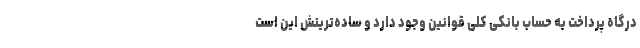
درگاه پرداخت به حساب بانکی کلی قوانین وجود دارد و ساده‌ترینش این است